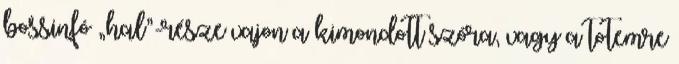
bossinfó „hal”-része vajon a kimondott szóra, vagy a totemre